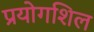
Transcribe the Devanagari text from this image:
प्रयोगशिल